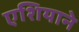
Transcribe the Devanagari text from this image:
एशियाने